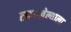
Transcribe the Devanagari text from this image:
लागलेल्याला